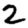
Digit: 2